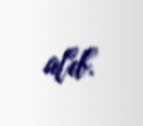
alıb.